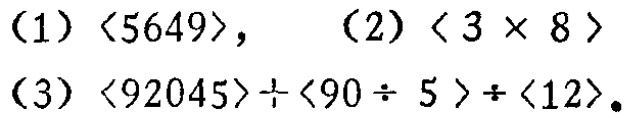
(1) $\langle 5649\rangle$, (2) $\langle 3\times 8\rangle$ (3) $\langle 92045\rangle\div\langle 90\div 5\rangle\div\langle 12\rangle$